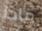
ماذا